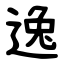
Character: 逸